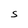
Character: S